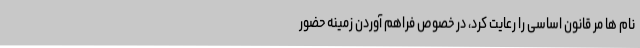
نام ها مر قانون اساسی را رعایت کرد، در خصوص فراهم آوردن زمینه حضور